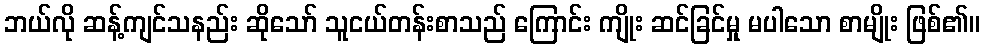
ဘယ်လို ဆန့်ကျင်သနည်း ဆိုသော် သူငယ်တန်းစာသည် ကြောင်း ကျိုး ဆင်ခြင်မှု မပါသော စာမျိုး ဖြစ်၏။